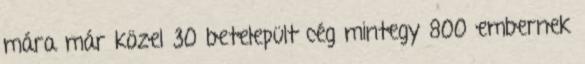
mára már közel 30 betelepült cég mintegy 800 embernek